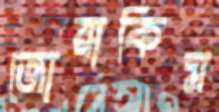
জোয়াকিম